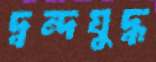
দ্বন্দযুদ্ধ